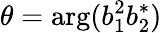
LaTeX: \theta=\arg(b_{1}^{2}b_{2}^{*})